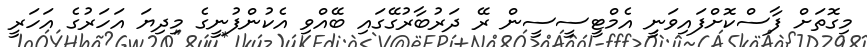
މިގޮތަށް ފާސްކޮށްފައިވަނީ އެމްޓީސީސީން ރޭ ދަރުބާރުގޭގައި ބޭއްވި އެކުންފުނީގެ މިދިޔަ އަހަރުގެ އަހަރީ